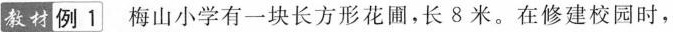
教材例1梅山小学有一块长方形花圃，长8米。在修建校园时，